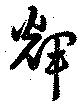
輝